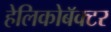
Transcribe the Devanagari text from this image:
हेलिकोबॅक्टर